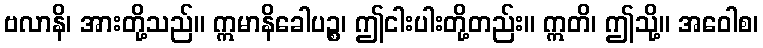
ဗလာနိ၊ အားတို့သည်။ ဣမာနိခေါပဉ္စ၊ ဤငါးပါးတို့တည်း။ ဣတိ၊ ဤသို့။ အဝေါစ၊